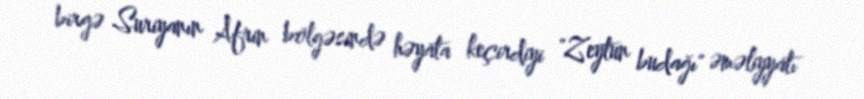
birgə Suriyanın Afrin bölgəsində həyata keçirdiyi "Zeytun budağı" əməliyyatı